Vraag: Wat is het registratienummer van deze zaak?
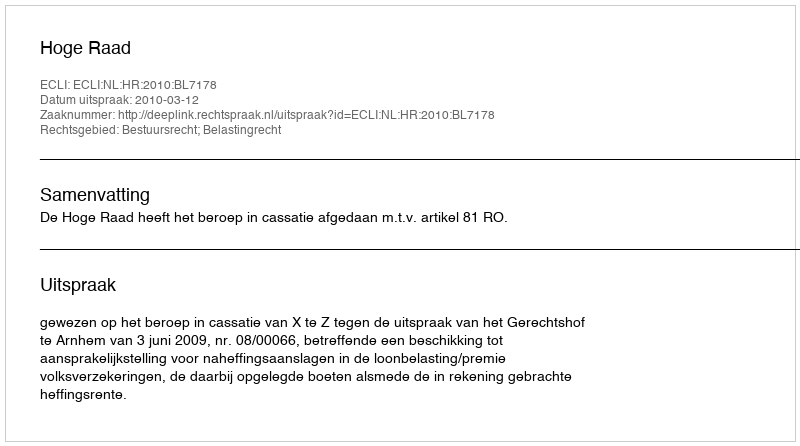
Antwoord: http://deeplink.rechtspraak.nl/uitspraak?id=ECLI:NL:HR:2010:BL7178